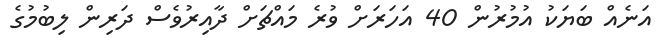
އަނެއް ބަޔަކު އުމުރުން 40 އަހަރަށް ވުރެ މައްޗަށް ދާއިރުވެސް ދަރިން ލިބުމުގެ